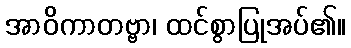
အာဝိကာတဗ္ဗာ၊ ထင်စွာပြုအပ်၏။